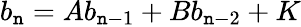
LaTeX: b_{\mathtt{n}}=Ab_{\mathtt{n}-1}+Bb_{\mathtt{n}-2}+K